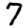
Digit: 7